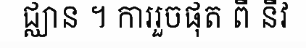
ជ្ឈាន ។ ការរួចផុត ពី នីវ